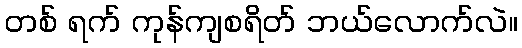
တစ် ရက် ကုန်ကျစရိတ် ဘယ်လောက်လဲ။